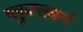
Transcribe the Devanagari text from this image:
ग्लुक्सबर्ग